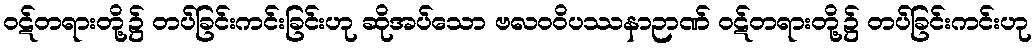
ဝဋ်တရားတို့၌ တပ်ခြင်းကင်းခြင်းဟု ဆိုအပ်သော ဗလဝဝိပဿနာဉာဏ် ဝဋ်တရားတို့၌ တပ်ခြင်းကင်းဟု